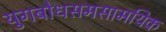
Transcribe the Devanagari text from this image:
युगबोधसमसामयिक